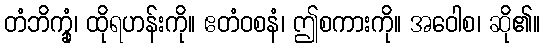
တံဘိက္ခုံ၊ ထိုရဟန်းကို။ ဧတံဝစနံ၊ ဤစကားကို။ အဝေါစ၊ ဆို၏။